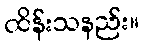
ထိန်းသနည်း။